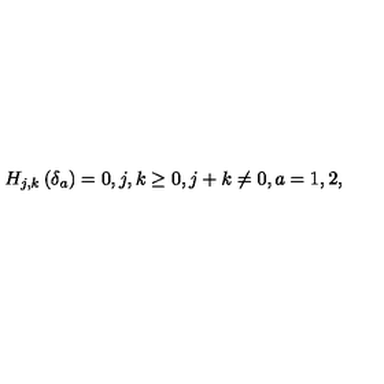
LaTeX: H _ { j , k } \left( \delta _ { a } \right) = 0 , j , k \geq 0 , j + k \neq 0 , a = 1 , 2 ,